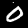
Label: 0